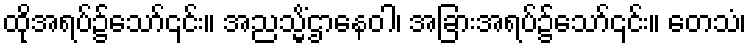
ထိုအရပ်၌သော်၎င်း။ အညသ္မိံဌာနေဝါ၊ အခြားအရပ်၌သော်၎င်း။ တေသံ၊